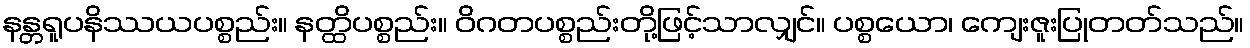
နန္တရူပနိဿယပစ္စည်း။ နတ္ထိပစ္စည်း။ ဝိဂတပစ္စည်းတို့ဖြင့်သာလျှင်။ ပစ္စယော၊ ကျေးဇူးပြုတတ်သည်။